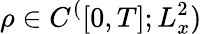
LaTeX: \rho\in C^{(}[0,T];L_{x}^{2})